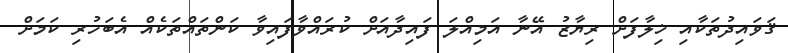
ޤަވައިދުތަކާއި ޚިލާފަށް ރިޔާޒު އޭނާ އަމިއްލަ ފައިދާއަށް ކުރައްވާފައިވާ ކަންތައްތަކެއް އެބަހުރި ކަމަށް